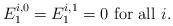
LaTeX: \begin{align*}E_1^{i,0} = E_1^{i,1} = 0 \mbox{ for all } i.\end{align*}